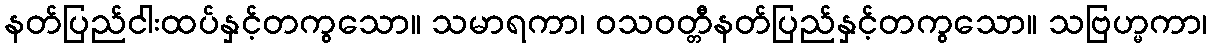
နတ်ပြည်ငါးထပ်နှင့်တကွသော။ သမာရကာ၊ ဝသဝတ္တီနတ်ပြည်နှင့်တကွသော။ သဗြဟ္မကာ၊